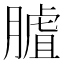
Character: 𦟰